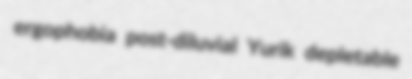
ergophobia post-diluvial Yurik depletable